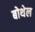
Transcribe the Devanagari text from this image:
बोथेल